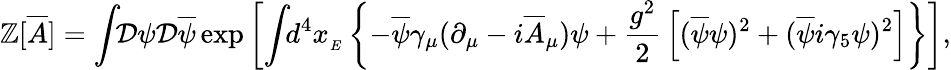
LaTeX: \mathbb{Z}[{\overline{{{{A}}}}}]=\int\! \! {\mathcal{{D}}}\psi{\mathcal{{D}}}{\overline{{{\psi}}}}\exp\left[\int\! \! d^{4}x_{_{E}}\left\{ -{\overline{{{\psi}}}}\gamma_{\mu}(\partial_{\mu}-i{\overline{{{{A}}}}}_{\mu})\psi+{\frac{{g^{2}}}{{2}}}\left[({\overline{{{\psi}}}}\psi)^{2}+({\overline{{{\psi}}}}i\gamma_{5}\psi)^{2}\right]\right\} \right],